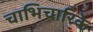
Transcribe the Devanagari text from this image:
चाभिचारिके